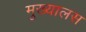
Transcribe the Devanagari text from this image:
मुख्यालस